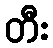
တီး